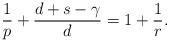
LaTeX: \begin{align*}\frac 1p+\frac{d+s-\gamma}{d}=1+\frac 1r.\end{align*}